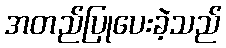
အတည်ပြုပေးခဲ့သည်